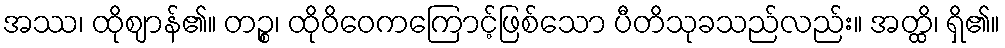
အဿ၊ ထိုဈာန်၏။ တဉ္စ၊ ထိုဝိဝေကကြောင့်ဖြစ်သော ပီတိသုခသည်လည်း။ အတ္ထိ၊ ရှိ၏။